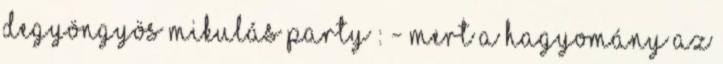
DeGyöngyös Mikulás party : - Mert a hagyomány az